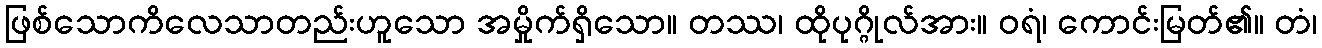
ဖြစ်သောကိလေသာတည်းဟူသော အမှိုက်ရှိသော။ တဿ၊ ထိုပုဂ္ဂိုလ်အား။ ဝရံ၊ ကောင်းမြတ်၏။ တံ၊